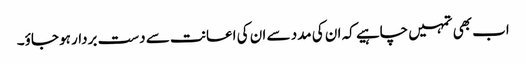
اب بھی تمہیں چاہیے کہ ان کی مدد سے ان کی اعانت سے دست بردار ہو جاؤ۔